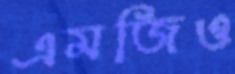
এমজিও